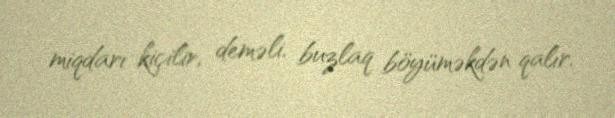
miqdarı kiçilir, deməli, buzlaq böyüməkdən qalır.